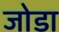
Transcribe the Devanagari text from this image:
जाेडा